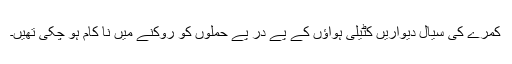
کمرے کی سیال دیواریں کٹیلی ہواؤں کے پے در پے حملوں کو روکنے میں نا کام ہو چکی تھیں۔